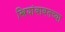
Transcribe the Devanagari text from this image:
स्त्रियांबाबतच्या